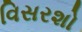
વિસરશો